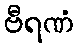
ဗီရဏံ